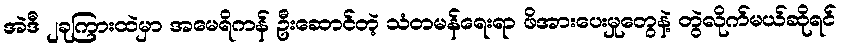
အဲဒီ ၂ခုကြားထဲမှာ အမေရိကန် ဦးဆောင်တဲ့ သံတမန်ရေးရာ ဖိအားပေးမှုတွေနဲ့ တွဲလိုက်မယ်ဆိုရင်